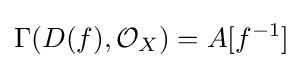
\Gamma (D(f),{\mathcal {O}}_{X})=A[f^{-1}]